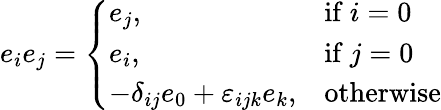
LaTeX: e_{i}e_{j}={\left\{ \begin{array}{ll}{e_{j},}&{{\mathrm{if~}}i=0}\\ {e_{i},}&{{\mathrm{if~}}j=0}\\ {-\delta_{ij}e_{0}+\varepsilon_{ijk}e_{k},}&{{\mathrm{otherwise}}}\end{array}\right.}